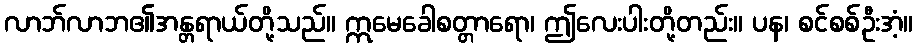
လာဘ်လာဘ၏အန္တရာယ်တို့သည်။ ဣမေခေါစတ္တာရော၊ ဤလေးပါးတို့တည်း။ ပန၊ စင်စစ်ဦးအံ့။